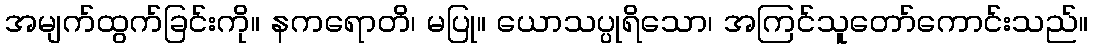
အမျက်ထွက်ခြင်းကို။ နကရောတိ၊ မပြု။ ယောသပ္ပုရိသော၊ အကြင်သူတော်ကောင်းသည်။